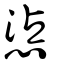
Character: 惉